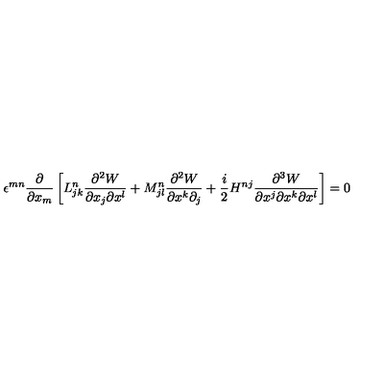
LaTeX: \epsilon ^ { m n } \displaystyle \frac { \partial } { \partial x _ { m } } \left[ L _ { j k } ^ { n } \frac { \partial ^ { 2 } W } { \partial x _ { j } \partial x ^ { l } } + M _ { j l } ^ { n } \frac { \partial ^ { 2 } W } { \partial x ^ { k } \partial _ { j } } + \frac { i } { 2 } H ^ { n j } \frac { \partial ^ { 3 } W } { \partial x ^ { j } \partial x ^ { k } \partial x ^ { l } } \right] = 0